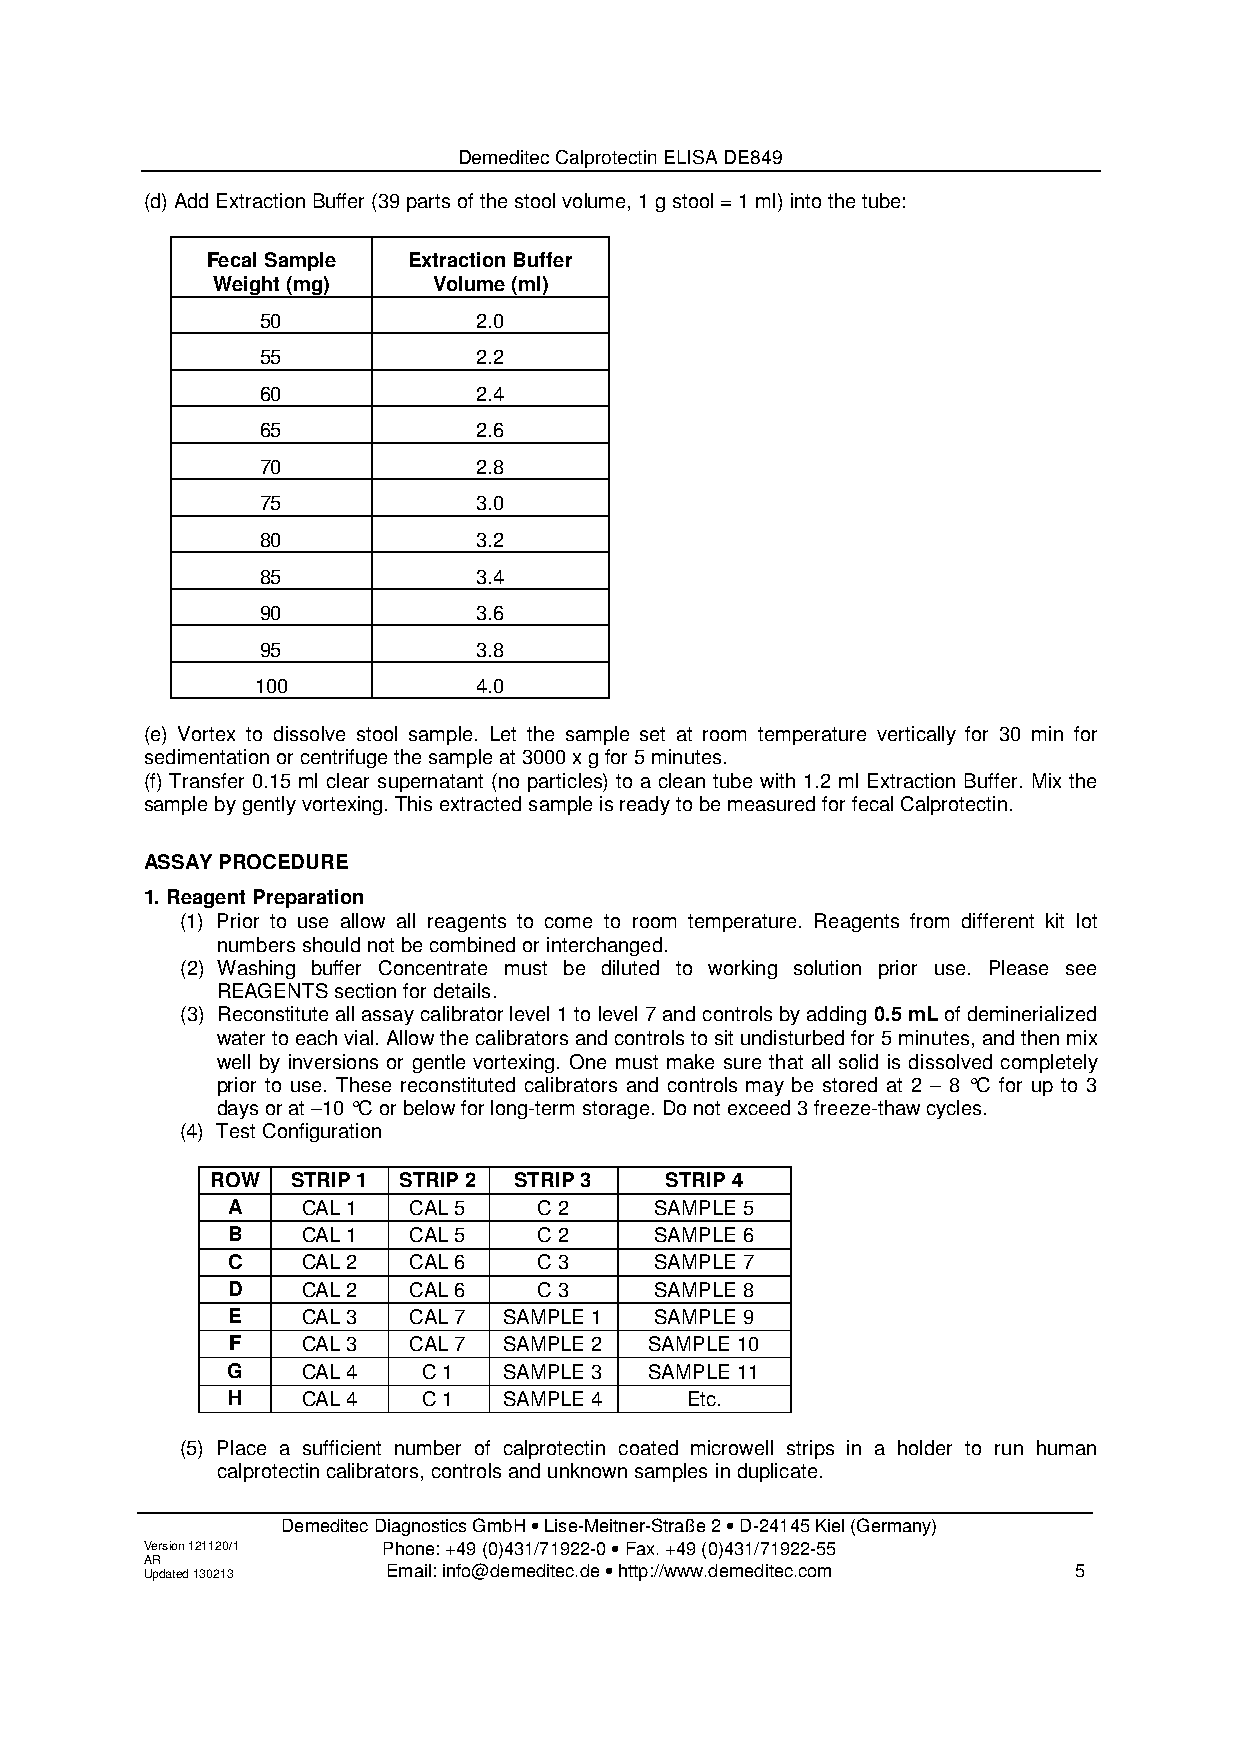
Demeditec Calprotectin ELISA DE849
 (d) Add Extraction Buffer (39 parts of the stool volume, 1 g stool = 1 ml) into the tube:
 Fecal Sample Extraction Buffer
 Weight (mg)    Volume (ml)
 50             2.0
 55             2.2
 60             2.4
 65             2.6
 70             2.8
 75             3.0
 80             3.2
 85             3.4
 90             3.6
 95             3.8
 100            4.0
 (e) Vortex to dissolve stool sample. Let the sample set at room temperature vertically for 30 min for
 sedimentation or centrifuge the sample at 3000 x g for 5 minutes.
 (f) Transfer 0.15 ml clear supernatant (no particles) to a clean tube with 1.2 ml Extraction Buffer. Mix the
 sample by gently vortexing. This extracted sample is ready to be measured for fecal Calprotectin.
 ASSAY PROCEDURE
 1. Reagent Preparation
 (1) Prior to use allow all reagents to come to room temperature. Reagents from different kit lot
 numbers should not be combined or interchanged.
 (2) Washing buffer Concentrate must be diluted to working solution prior use. Please see
 REAGENTS section for details.
 (3) Reconstitute all assay calibrator level 1 to level 7 and controls by adding 0.5 mL of deminerialized
 water to each vial. Allow the calibrators and controls to sit undisturbed for 5 minutes, and then mix
 well by inversions or gentle vortexing. One must make sure that all solid is dissolved completely
 prior to use. These reconstituted calibrators and controls may be stored at 2 – 8 °C for up to 3
 days or at –10 °C or below for long-term storage. Do not exceed 3 freeze-thaw cycles.
 (4) Test Configuration
 ROW  STRIP 1 STRIP 2 STRIP 3  STRIP 4
 A    CAL 1  CAL 5    C 2    SAMPLE 5
 B    CAL 1  CAL 5    C 2    SAMPLE 6
 C    CAL 2  CAL 6    C 3    SAMPLE 7
 D    CAL 2  CAL 6    C 3    SAMPLE 8
 E    CAL 3  CAL 7 SAMPLE 1  SAMPLE 9
 F    CAL 3  CAL 7 SAMPLE 2  SAMPLE 10
 G    CAL 4   C 1  SAMPLE 3  SAMPLE 11
 H    CAL 4   C 1  SAMPLE 4    Etc.
 (5) Place a sufficient number of calprotectin coated microwell strips in a holder to run human
 calprotectin calibrators, controls and unknown samples in duplicate.
 Demeditec Diagnostics GmbH • Lise-Meitner-Straße 2 • D-24145 Kiel (Germany)
 Version 121120/1 Phone: +49 (0)431/71922-0 • Fax. +49 (0)431/71922-55
 A UR pd ated 130213 Email: info@demeditec.de • http://www.demeditec.com 5